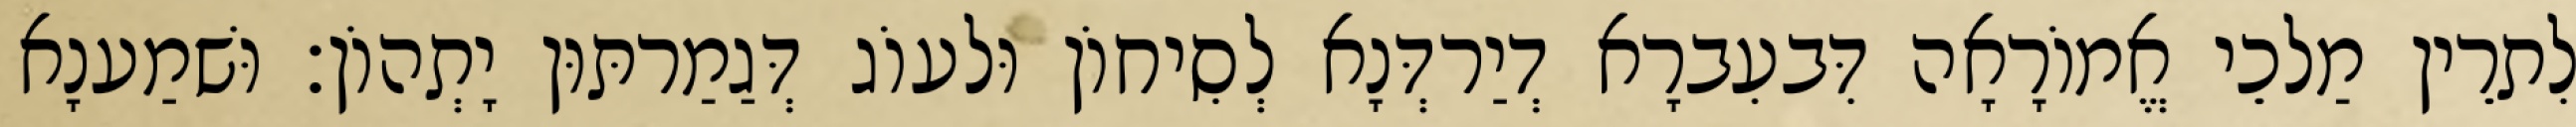
לִתרֵין מַלכֵי אֱמוֹרָאָה דִּבעִברָא דְיַרדְּנָא לְסִיחוֹן וּלעוֹג דְּגַמַרתּוּן יָתְהוֹן׃ וּשׁמַענָא